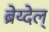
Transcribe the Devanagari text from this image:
ब्रेय्देल्